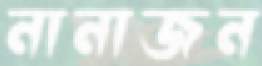
নানাজন